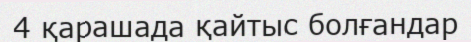
4 қарашада қайтыс болғандар